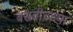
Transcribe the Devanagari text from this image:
बसवीच्च्या